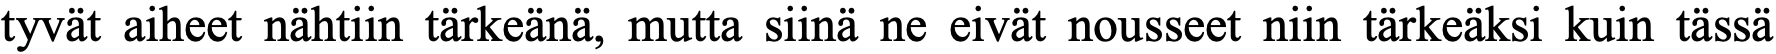
tyvät aiheet nähtiin tärkeänä, mutta siinä ne eivät nousseet niin tärkeäksi kuin tässä